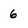
Character: 6